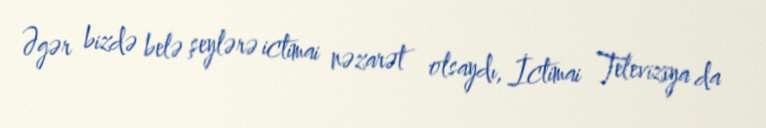
Əgər bizdə belə şeylərə ictimai nəzarət olsaydı, İctimai Televiziya da